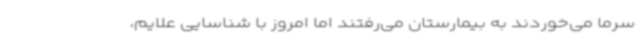
سرما می‌خوردند به بیمارستان می‌رفتند اما امروز با شناسایی علایم،